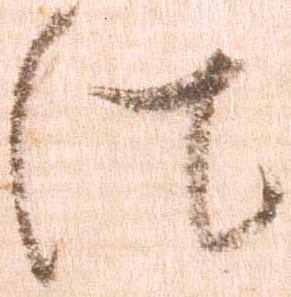
法